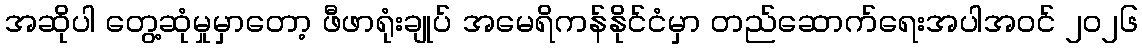
အဆိုပါ တွေ့ဆုံမှုမှာတော့ ဖီဖာရုံးချုပ် အမေရိကန်နိုင်ငံမှာ တည်ဆောက်ရေးအပါအဝင် ၂၀၂၆